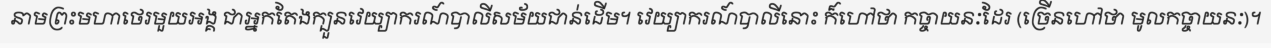
នាមព្រះមហាថេរមួយអង្គ ជាអ្នកតែងក្បួនវេយ្យាករណ៍បាលីសម័យជាន់ដើម។ វេយ្យាករណ៍បាលីនោះ ក៏ហៅថា កច្ចាយនៈដែរ (ច្រើនហៅថា មូលកច្ចាយនៈ)។